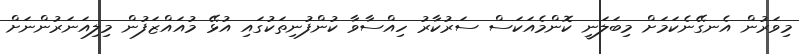
މިވަރުން އެނގޭނެކަމަށް މިބަލަނީ ކޮންމެއަކަސް ސަރުކާރު ހިއްސާވާ ކުންފުނިތަކުގައި އުޅޭ މުއައްޒަފުން މިލިއަނަރުންނަށް